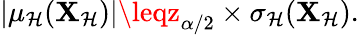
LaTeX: |\mu_{\mathcal{H}}(\mathbf{{X}}_{\mathcal{H}})|\leqz_{\alpha/2}\times\sigma_{\mathcal{H}}(\mathbf{{X}}_{\mathcal{H}}).